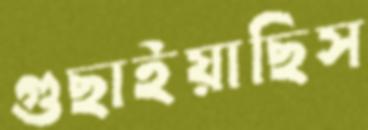
গুছাইয়াছিস